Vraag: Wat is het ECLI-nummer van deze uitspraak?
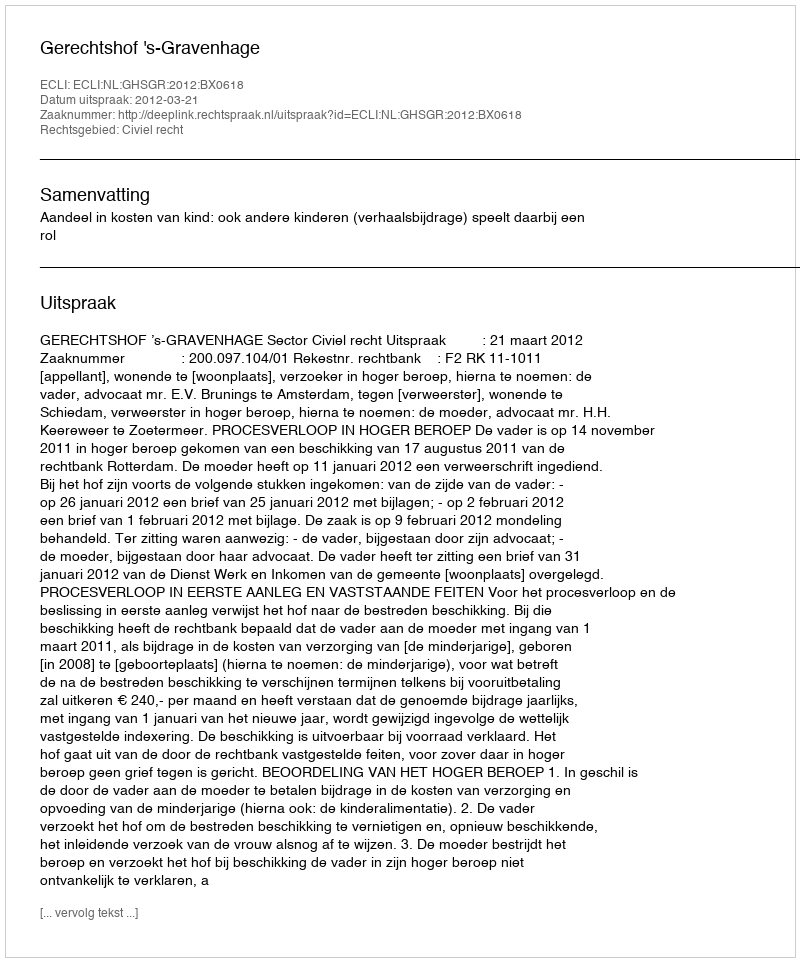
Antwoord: ECLI:NL:GHSGR:2012:BX0618